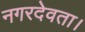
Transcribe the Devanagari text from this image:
नगरदेवता।